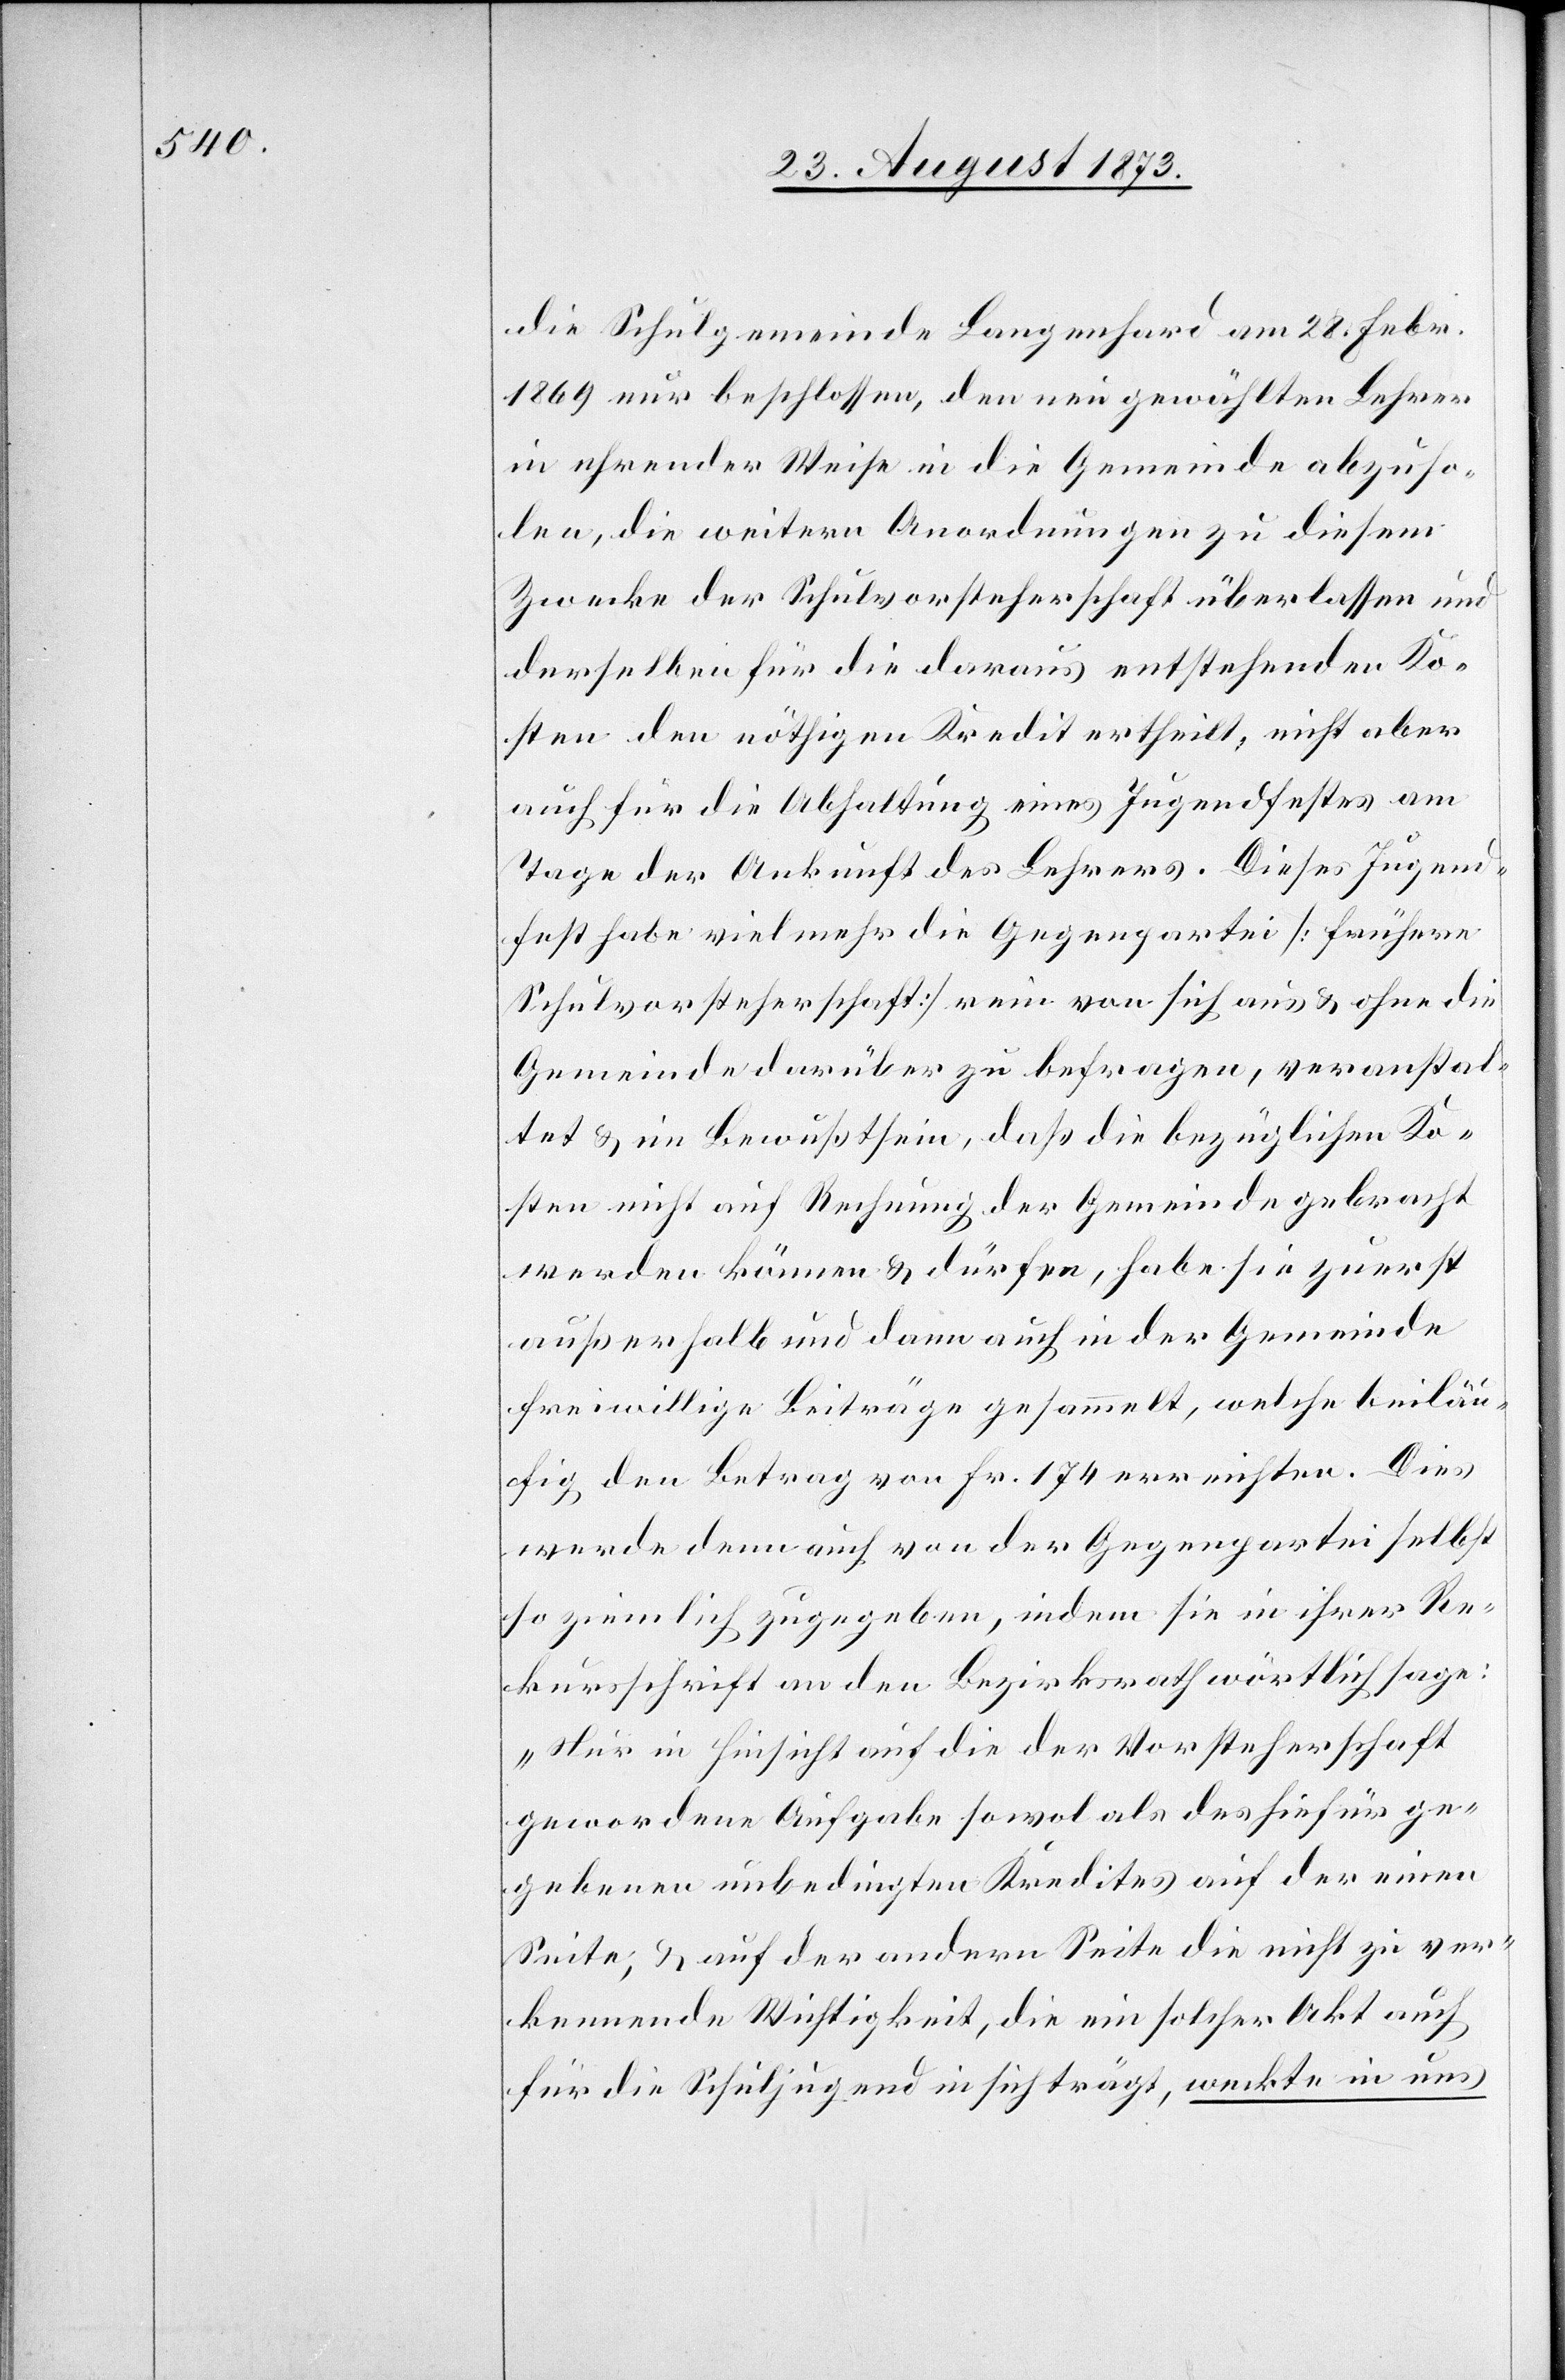
die Schulgemeinde Langenhard am 28. Febr.
1869 nur beschlossen, den neu gewählten Lehrer
in ehrender Weise in die Gemeinde abzuho¬
len, die weitern Anordnungen zu diesem
Zwecke der Schulvorsteherschaft überlassen und
derselben für die daraus entstehenden Ko¬
sten den nöthigen Kredit ertheilt, nicht aber
auch für die Abhaltung eines Jugendfestes am
Tage der Ankunft des Lehrers. Dieses Jugend¬
fest habe viel mehr die Gegenpartei [frühere
Schulvorsteherschaft] rein von sich aus & ohne die
Gemeinde darüber zu befragen veranstal¬
tet & im Bewußtsein, daß die bezüglichen Ko¬
sten nicht auf Rechnung der Gemeinde gebracht
werden können & dürfen, habe sie zuerst
außerhalb und dann auch in der Gemeinde
freiwillige Beiträge gesammelt, welche beiläu¬
fig den Betrag von Fr. 174 erreichten. Dies
werde denn auch von der Gegenpartei selbst
so ziemlich zugegeben, indem sie in ihrer Re¬
kursschrift an den Bezirksrath wörtlich sage:
„Nur in Hinsicht auf die der Vorsteherschaft
gewordene Aufgabe sowol als des hiefür ge¬
gebenen unbedingten Kredites auf der einen
Seite, & auf der andern Seite die nicht zu ver¬
kennende Wichtigkeit, die ein solcher Akt auch
für die Schuljugend in sich trägt, weckte in uns